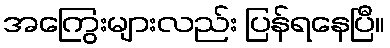
အကြွေးများလည်း ပြန်ရနေပြီ။